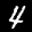
Label: 4